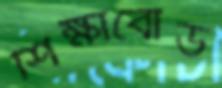
শিক্ষাবোর্ড